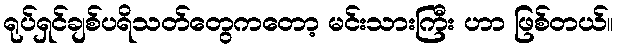
ရုပ်ရှင်ချစ်ပရိသတ်တွေကတော့ မင်းသားကြီး ဟာ ဖြစ်တယ်။